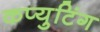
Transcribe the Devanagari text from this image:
कप्युटिंग